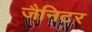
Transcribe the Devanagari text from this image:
जैनिटर